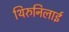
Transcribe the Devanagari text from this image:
थिरुनिलाई